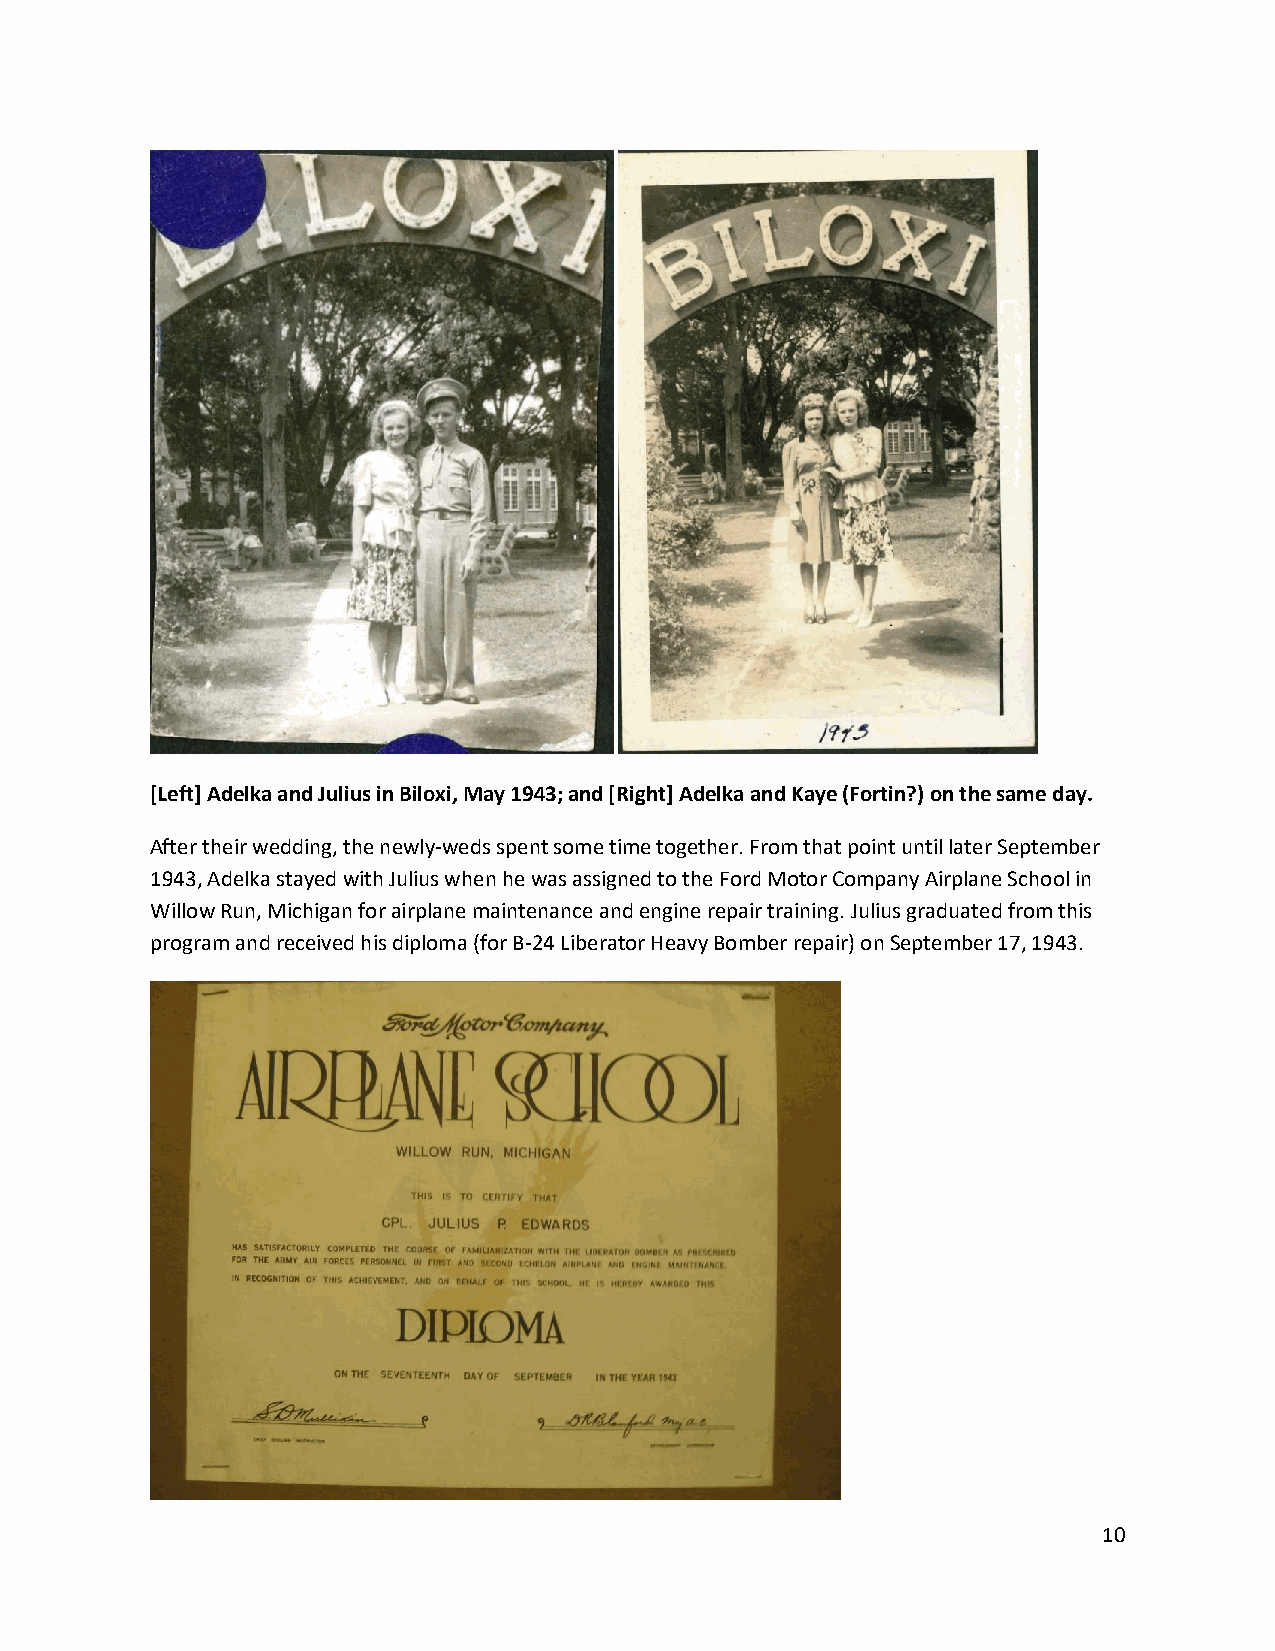
[Left] Adelka and Julius in Biloxi, May 1943; and [Right] Adelka and Kaye (Fortin?) on the same day.
 After their wedding, the newly-weds spent some time together. From that point until later September
 1943, Adelka stayed with Julius when he was assigned to the Ford Motor Company Airplane School in
 Willow Run, Michigan for airplane maintenance and engine repair training. Julius graduated from this
 program and received his diploma (for B-24 Liberator Heavy Bomber repair) on September 17, 1943.
 10